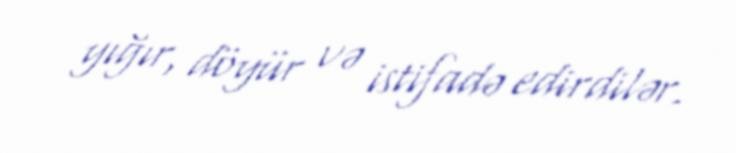
yığır, döyür və istifadə edirdilər.